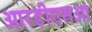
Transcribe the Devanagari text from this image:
आरडीएसओ